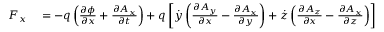
\begin{array} { r l } { F _ { x } } & { { } = - q \left( { \frac { \partial \phi } { \partial x } } + { \frac { \partial A _ { x } } { \partial t } } \right) + q \left[ { \dot { y } } \left( { \frac { \partial A _ { y } } { \partial x } } - { \frac { \partial A _ { x } } { \partial y } } \right) + { \dot { z } } \left( { \frac { \partial A _ { z } } { \partial x } } - { \frac { \partial A _ { x } } { \partial z } } \right) \right] } \end{array}